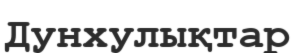
Дунхулықтар